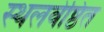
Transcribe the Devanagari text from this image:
स्थलवेष्ठित